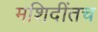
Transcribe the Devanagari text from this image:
मशिदींतच